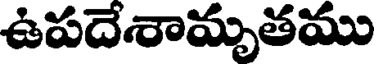
ఉపదేశామృతము